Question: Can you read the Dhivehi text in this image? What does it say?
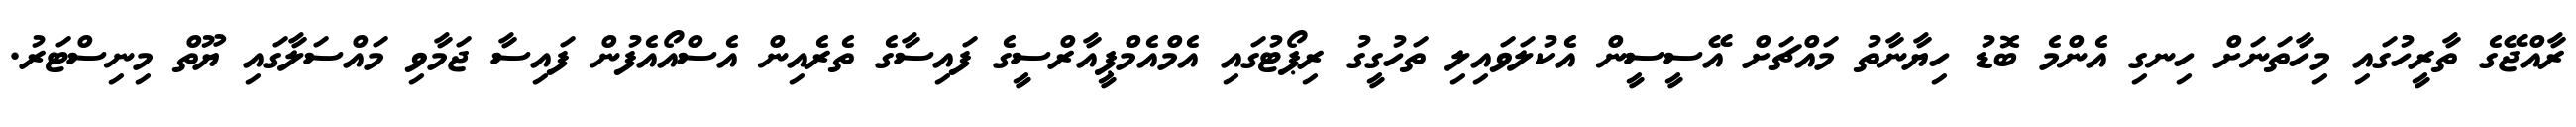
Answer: ރާއްޖޭގެ ތާރީހުގައި މިހާތަނަށް ހިނގި އެންމެ ބޮޑު ހިޔާނާތު މައްޗަށް އޭސީސީން އެކުލަވައިލި ތަހުގީގު ރިޕޯޓުގައި އެމްއެމްޕީއާރްސީގެ ފައިސާގެ ތެރެއިން އެސްއޯއެފުން ފައިސާ ޖަމާވި މައްސަލާގައި ޔޫތް މިނިސްޓަރު.